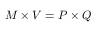
M \times V = P \times Q